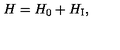
H = H _ { 0 } + H _ { \mathrm { \scriptsize I } } ,